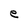
Character: e